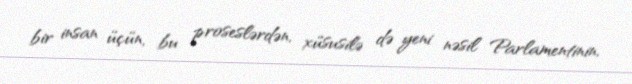
bir insan üçün, bu proseslərdən, xüsusilə də yeni nəsil Parlamentinin,